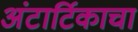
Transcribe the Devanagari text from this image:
अंटार्टिकाचा